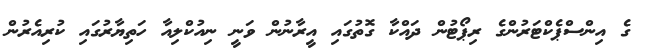
ގެ އިންސްޕެކްޓަރުންގެ ރިޕޯޓުން ދައްކާ ގޮތުގައި އީރާނުން ވަނީ ނިއުކްލިއާ ހަތިޔާރުގައި ކުރިއެރުން